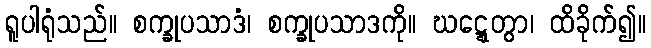
ရူပါရုံသည်။ စက္ခုပသာဒံ၊ စက္ခုပသာဒကို။ ဃဋ္ဋေတွာ၊ ထိခိုက်၍။